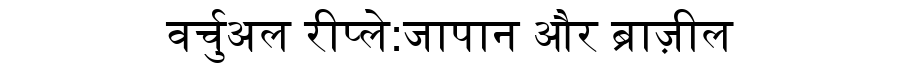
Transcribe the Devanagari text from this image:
वर्चुअल रीप्ले:जापान और ब्राज़ील